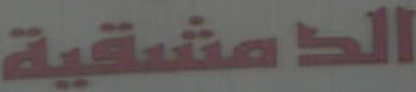
الدمشقية